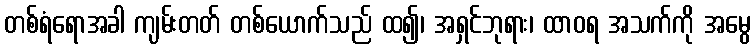
တစ်ရံရောအခါ ကျမ်းတတ် တစ်ယောက်သည် ထ၍၊ အရှင်ဘုရား၊ ထာဝရ အသက်ကို အမွေ